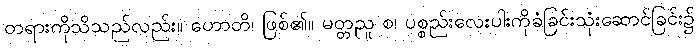
တရားကိုသိသည်လည်း။ ဟောတိ၊ ဖြစ်၏။ မတ္တညူ စ၊ ပစ္စည်းလေးပါးကိုခံခြင်းသုံးဆောင်ခြင်း၌